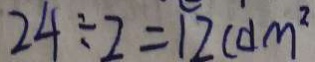
2 4 \div 2 = 1 2 ( d m ^ { 2 }